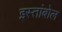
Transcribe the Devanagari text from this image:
इस्तांबोल